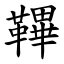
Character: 鞸